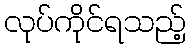
လုပ်ကိုင်ရသည့်